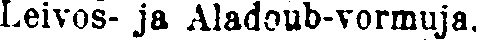
Leivos- ja Aladoub-vormuja.